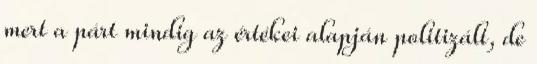
mert a párt mindig az értékei alapján politizált, de